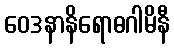
ဝေဒနာနိရောဓဂါမိနီ